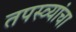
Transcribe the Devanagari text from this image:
तपस्व्यांचा